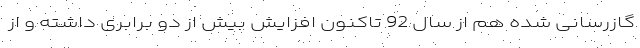
گازرسانی شده هم از سال 92 تاکنون افزایش بیش از دو برابری داشته و از